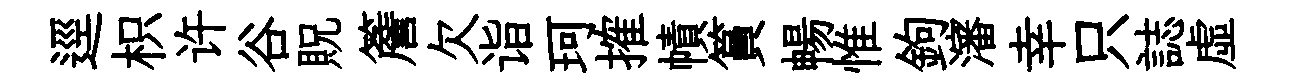
逕枳许谷貺簷欠诣珂搉幘篔暢惟鉤瀋幸只誌虛